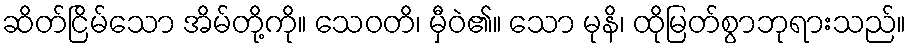
ဆိတ်ငြိမ်သော အိမ်တို့ကို။ သေဝတိ၊ မှီဝဲ၏။ သော မုနိ၊ ထိုမြတ်စွာဘုရားသည်။